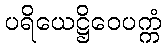
ပရိယေဋ္ဌိဝေပက္ကံ